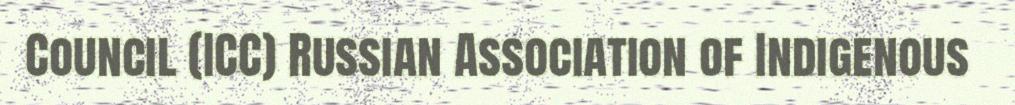
Council (ICC) Russian Association of Indigenous